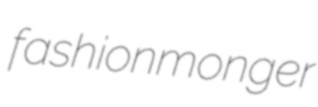
fashionmonger